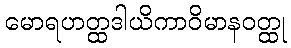
မောရဟတ္ထဒါယိကာဝိမာနဝတ္ထု